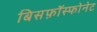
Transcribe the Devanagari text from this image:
बिसफ़ॉस्फोनेट